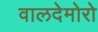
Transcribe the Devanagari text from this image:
वालदेमोरो